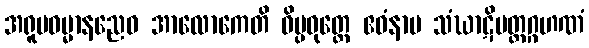
အရူပဓမ္မာနညေဝ အာလောကေတိ ဝိပ္ပဝုတ္ထေ ဧဝံနာမ သံဃာဋိပတ္တဂ္ဂဟဏံ